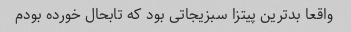
واقعا بدترین پیتزا سبزیجاتی بود که تابحال خورده بودم